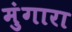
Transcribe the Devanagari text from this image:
मुंगारा